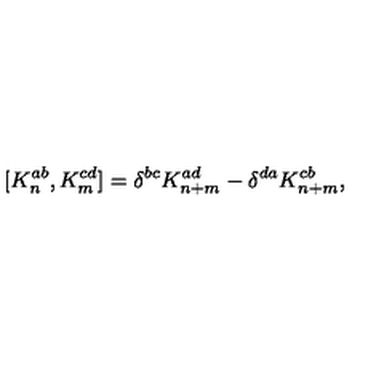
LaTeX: [ K _ { n } ^ { a b } , K _ { m } ^ { c d } ] = \delta ^ { b c } K _ { n + m } ^ { a d } - \delta ^ { d a } K _ { n + m } ^ { c b } ,